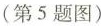
(第5题图)